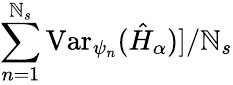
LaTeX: \sum_{n=1}^{\mathbb{N}_{s}}\mathrm{{Var}}_{\psi_{n}}(\hat{{H}}_{\alpha})]/\mathbb{N}_{s}